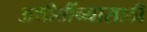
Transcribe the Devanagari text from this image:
अथीतींच्यासाठी